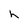
Character: h